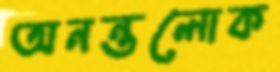
অনন্তলোক